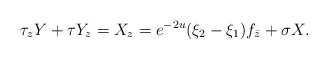
\begin{align*} \tau_z Y + \tau Y_z = X_z = e^{-2u}(\xi_2 - \xi_1) f_{\bar{z}}+ \sigma X. \end{align*}